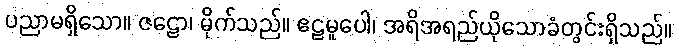
ပညာမရှိသော။ ဇဠော၊ မိုက်သည်။ ဧဠမူပေါ၊ အရိအရည်ယိုသောခံတွင်းရှိသည်။